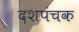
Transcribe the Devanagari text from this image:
दशपंचक